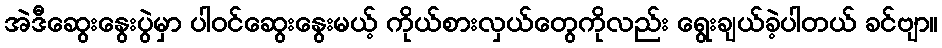
အဲဒီဆွေးနွေးပွဲမှာ ပါဝင်ဆွေးနွေးမယ့် ကိုယ်စားလှယ်တွေကိုလည်း ရွေးချယ်ခဲ့ပါတယ် ခင်ဗျာ။